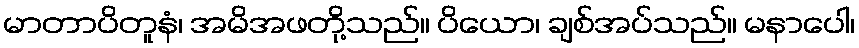
မာတာပိတူနံ၊ အမိအဖတို့သည်။ ပိယော၊ ချစ်အပ်သည်။ မနာပေါ၊